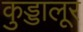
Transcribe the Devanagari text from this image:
कुड्डालूर